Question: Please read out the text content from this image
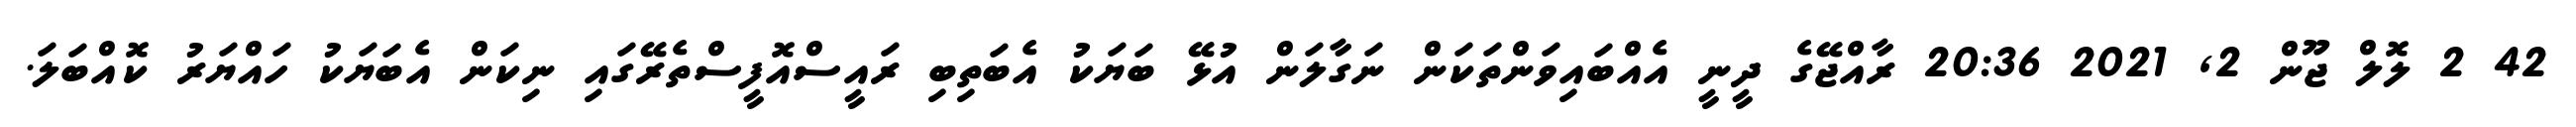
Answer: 42 2 ލޮލް ޖޫން 2, 2021 20:36 ރާއްޖޭގެ ދީނީ އެއްބައިވަންތަކަން ނަގާލަން އުޅޭ ބަޔަކު އެބަތިބި ރައީސްއޮފީސްތެރޭގައި ނިކަން އެބަޔަކު ހައްޔަރު ކޮއްބަލަ.